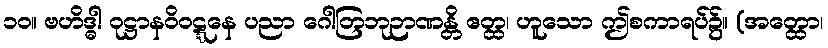
၁၀။ ဗဟိဒ္ဓါ ဝုဋ္ဌာနဝိဝဋ္ဋနေ ပညာ ဂေါတြဘုဉာဏန္တိ ဧတ္ထ၊ ဟူသော ဤစကာရပ်၌။ (အတ္ထော၊